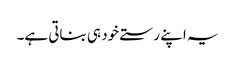
یہ اپنے رستے خود ہی بناتی ہے۔